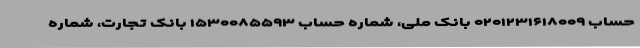
حساب ۰۲۰۱۲۳۱۶۱۸۰۰۹ بانک ملی، شماره حساب ۱۵۳۰۰۸۵۵۹۳ بانک تجارت، شماره